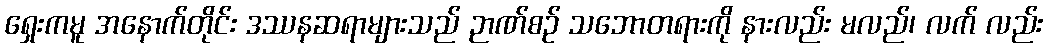
ရှေးကမူ အနောက်တိုင်း ဒဿနဆရာများသည် ဉာဏ်စဉ် သဘောတရားကို နားလည်း မလည်၊ လက် လည်း